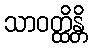
သာဝတ္ထိန္တိ